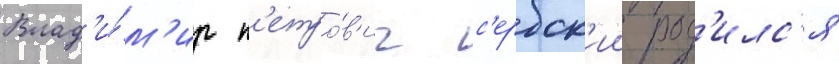
Влад'и́м'ир п'етро́в'ич с'ербск'ии род'илс'я